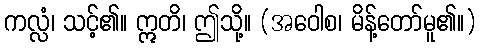
ကလ္လံ၊ သင့်၏။ ဣတိ၊ ဤသို့။ (အဝေါစ၊ မိန့်တော်မူ၏။)